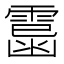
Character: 𩄥